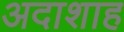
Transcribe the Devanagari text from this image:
अदाशाह